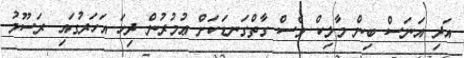
އަދި އަނަސް ބިން މާލިކް ވެސް ގާތްގަނޑަކަށް ޢުމުރުން ދިހަ އަހަރުގައި ރަސޫލު